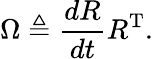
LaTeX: \Omega\triangleq{\frac{dR}{dt}}R^{\mathrm{T}}.